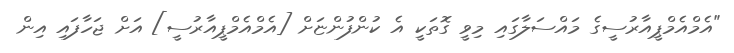
"އެމްއެމްޕީއާރުސީގެ މައްސަލާގައި މިވީ ގޮތަކީ އެ ކުންފުންޏަށް [އެމްއެމްޕީއާރުސީ] އަށް ޖަހާފައި އިން